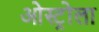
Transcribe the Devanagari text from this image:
ओस्ट्रोला